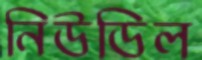
নিউডিল